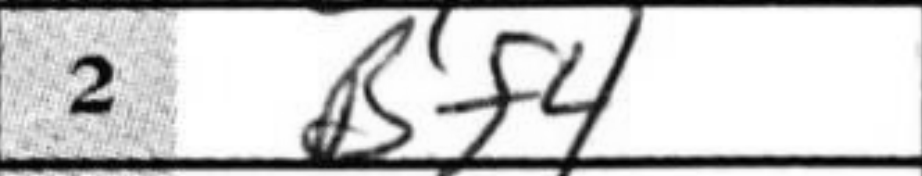
Transcription: Bf4